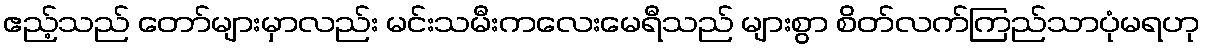
ဧည့်သည် တော်များမှာလည်း မင်းသမီးကလေးမေရီသည် များစွာ စိတ်လက်ကြည်သာပုံမရဟု